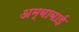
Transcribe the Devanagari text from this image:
अम्बाबाई